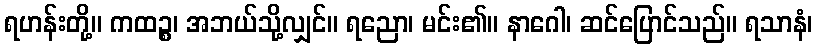
ရဟန်းတို့။ ကထဉ္စ၊ အဘယ်သို့လျှင်။ ရညော၊ မင်း၏။ နာဂေါ၊ ဆင်ပြောင်သည်။ ရသာနံ၊